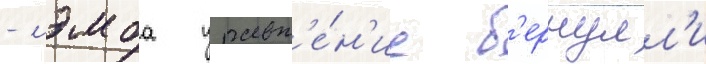
- лэмба уравн'е́н'ие б'ернулл'и